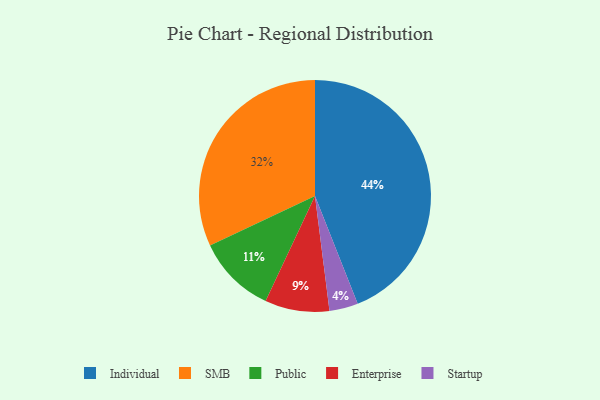
{"axis": {"x": "Category", "y": "Percentage"}, "legend": ["Enterprise", "Individual", "Public", "SMB", "Startup"], "data": [{"x": "Startup", "y": 4, "type": "Startup"}, {"x": "Public", "y": 11, "type": "Public"}, {"x": "SMB", "y": 32, "type": "SMB"}, {"x": "Enterprise", "y": 9, "type": "Enterprise"}, {"x": "Individual", "y": 44, "type": "Individual"}]}